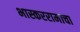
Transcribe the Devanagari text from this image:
भास्कररामाचा